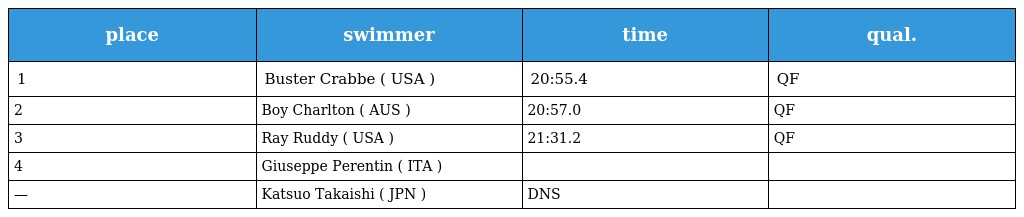
| place | swimmer | time | qual. |
 | --- | --- | --- | --- |
 | 1 | Buster Crabbe ( USA ) | 20:55.4 | QF |
 | 2 | Boy Charlton ( AUS ) | 20:57.0 | QF |
 | 3 | Ray Ruddy ( USA ) | 21:31.2 | QF |
 | 4 | Giuseppe Perentin ( ITA ) |  |  |
 | — | Katsuo Takaishi ( JPN ) | DNS |  |